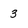
Character: 3